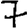
Digit: 7